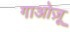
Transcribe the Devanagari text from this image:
गाओज़ू